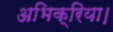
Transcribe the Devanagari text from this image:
अभिक्रिया।